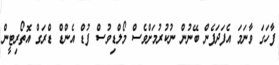
ފާހަގަ ވާނަމަ އެފަދަފެން ބޭނުން ނުކުރުމަށްވެސް މޯލްޑިވުސް ފުޑް އެންޑް ޑްރަގް އޮތޯރިޓީން